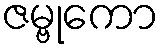
ဇမ္ဗုကော